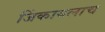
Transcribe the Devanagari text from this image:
जिंकायलाच